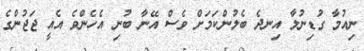
ނިއުމާ ގުޑިނުލާ އިނދެ ބެލުންކަމަށް ވެސް އޭނާ ބުނި އެހެންވެ އެއީ ޖަޖުންގެ